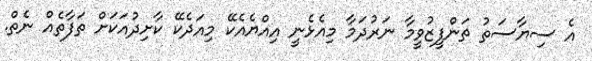
އެ ސިޔާސަތު ތަންފީޒުވީމާ ނަރުދަމާ މިއެޅެނީ އިއްޔެއެކޭ މިއަދެކޭ ކާށިދުއަކަށް ތަފާތެއް ނެތް.